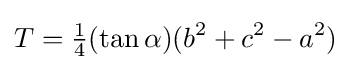
T={\tfrac {1}{4}}(\tan \alpha )(b^{2}+c^{2}-a^{2})